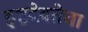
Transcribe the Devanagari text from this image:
इष्टदेवतेचा